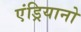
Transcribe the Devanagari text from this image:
एंड्रियानो